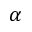
\alpha